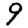
Digit: 9